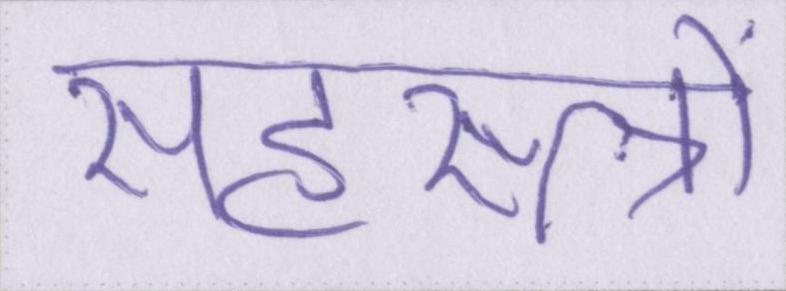
सहस्त्रों